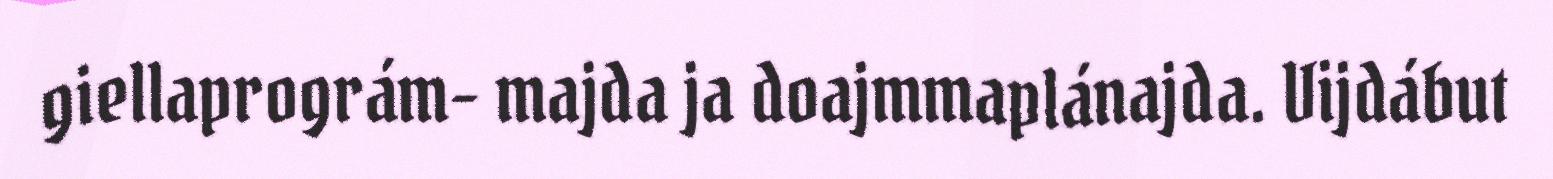
giellaprográm- majda ja doajmmaplánajda. Vijdábut